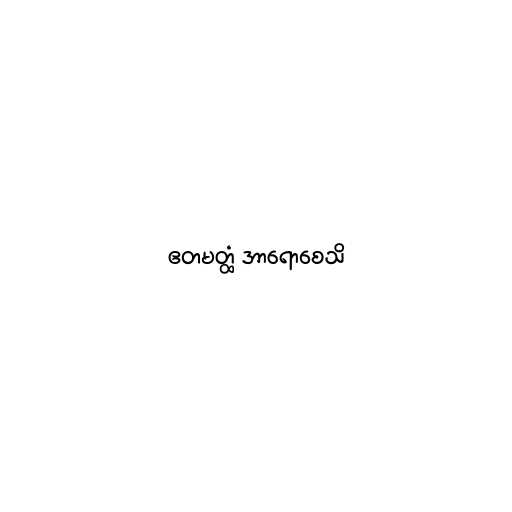
ဧတမတ္ထံ အာရောစေသိ